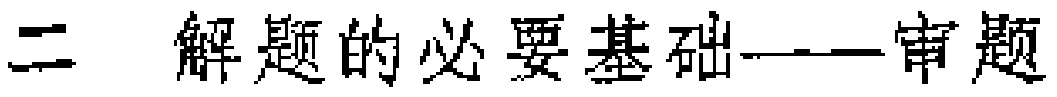
二 解题的必要基础——审题